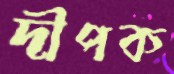
দীপক